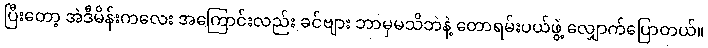
ပြီးတော့ အဲဒီမိန်းကလေး အကြောင်းလည်း ခင်ဗျား ဘာမှမသိဘဲနဲ့ တောရမ်းပယ်ဖွဲ့ လျှောက်ပြောတယ်။